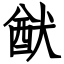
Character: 猷